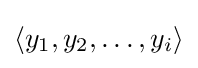
\langle y_{1},y_{2},\ldots ,y_{i}\rangle